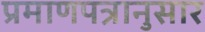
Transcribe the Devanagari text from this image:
प्रमाणपत्रानुसार